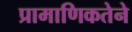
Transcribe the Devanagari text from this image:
प्रामाणिकतेने